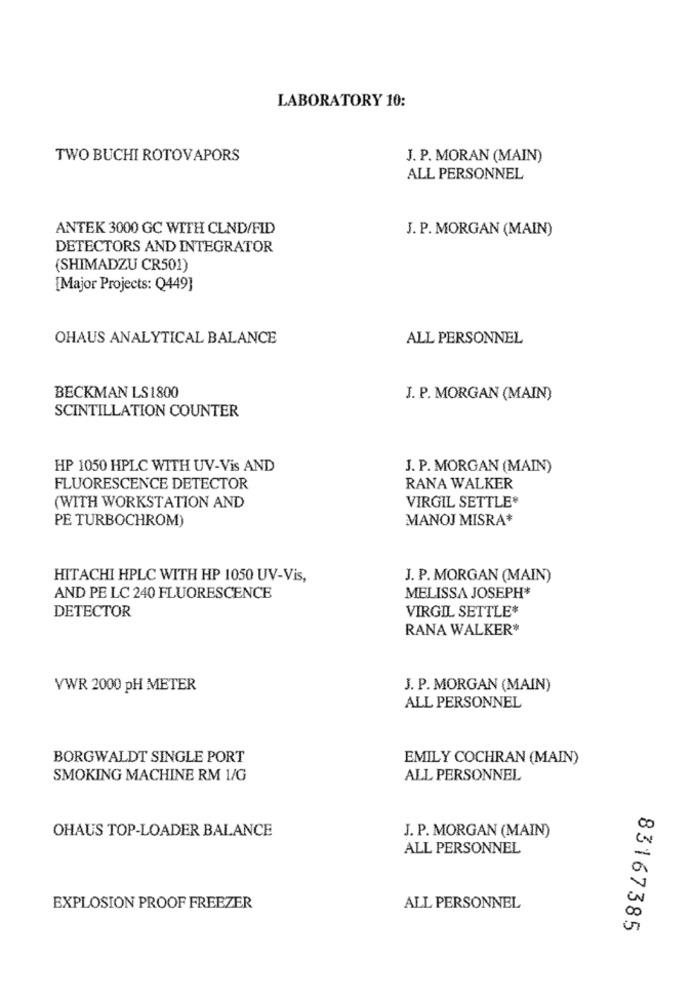
LABORATORY 10:
TWO BUCHI ROTOVAPORS
J. P. MORAN (MAIN)
ALL PERSONNEL
ANTEK 3000 GC WITH CLND/FID
J. P. MORGAN (MAIN)
DETECTORS AND INTEGRATOR
(SHIMADZU CR501)
[Major Projects: Q449]
OHAUS ANALYTICAL BALANCE
ALL PERSONNEL
BECKMAN LS1800
J. P. MORGAN (MAIN)
SCINTILLATION COUNTER
HP 1050 HPLC WITH UV-Vis AND
J. P. MORGAN (MAIN)
FLUORESCENCE DETECTOR
RANA WALKER
VIRGIL SETTLE*
(WITH WORKSTATION AND
PE TURBOCHROM)
MANOJ MISRA*
HITACHI HPLC WITH HP 1050 UV-Vis,
J. P. MORGAN (MAIN)
AND PE LC 240 FLUORESCENCE
MELISSA JOSEPH*
DETECTOR
VIRGIL SETTLE*
RANA WALKER*
VWR 2000 PH METER
J. P. MORGAN (MAIN)
ALL PERSONNEL
BORGWALDT SINGLE PORT
EMILY COCHRAN (MAIN)
SMOKING MACHINE RM 1/G
ALL PERSONNEL
OHAUS TOP-LOADER BALANCE
J. P. MORGAN (MAIN)
Co
ALL PERSONNEL
CN
EXPLOSION PROOF FREEZER
ALL PERSONNEL
83167385